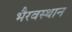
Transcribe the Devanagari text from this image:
भैरवस्थान